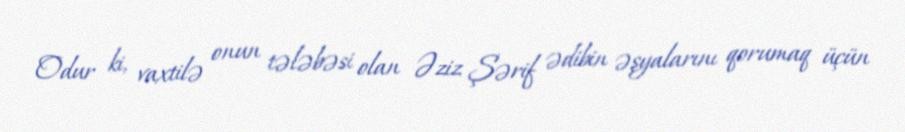
Odur ki, vaxtilə onun tələbəsi olan Əziz Şərif ədibin əşyalarını qorumaq üçün